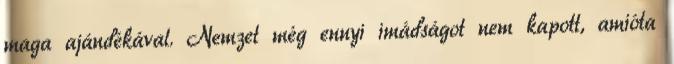
maga ajándékával. Nemzet még ennyi imádságot nem kapott, amióta